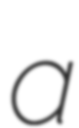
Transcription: a